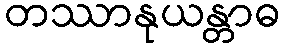
တဿာနုယန္တာဓ